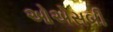
ઓએસબી